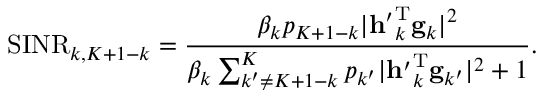
\mathrm { S I N R } _ { k , K + 1 - k } = \frac { \beta _ { k } p _ { K + 1 - k } | \mathbf { h ^ { \prime } } _ { k } ^ { \mathrm { T } } \mathbf { g } _ { k } | ^ { 2 } } { \beta _ { k } \sum _ { k ^ { \prime } \neq K + 1 - k } ^ { K } p _ { k ^ { \prime } } | \mathbf { h ^ { \prime } } _ { k } ^ { \mathrm { T } } \mathbf { g } _ { k ^ { \prime } } | ^ { 2 } + 1 } .